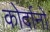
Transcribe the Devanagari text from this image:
कोर्दानो